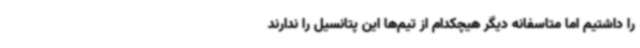
را داشتیم اما متاسفانه دیگر هیچکدام از تیم‌ها این پتانسیل را ندارند